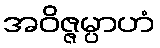
အဝိဇ္ဇမ္ပာဟံ